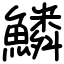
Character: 鱗